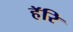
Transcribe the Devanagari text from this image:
हॅरि